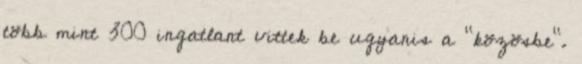
több mint 300 ingatlant vittek be ugyanis a "közösbe".